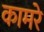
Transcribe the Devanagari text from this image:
कामरे